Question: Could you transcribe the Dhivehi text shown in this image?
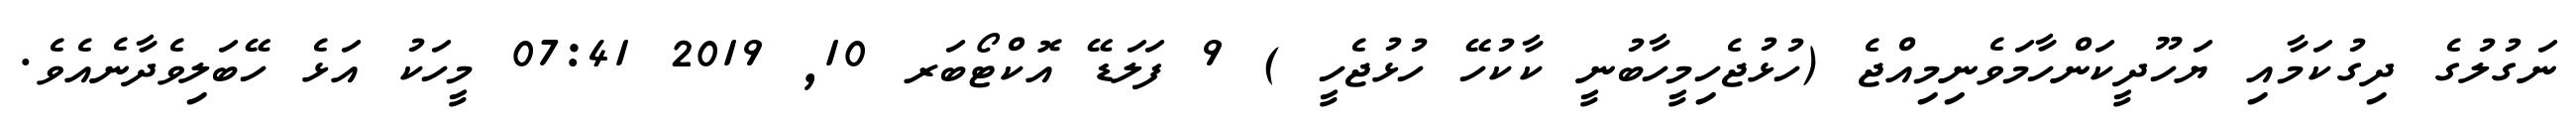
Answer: ނަގުލުގެ ދިގުކަމާއި ޔަހޫދީކަންހާމަވެނިމިއްޖެ (ހުޅުޖެހިމީހާބުނީ ކާކުހޭ ހުޅުޖެހީ ) 9 ފަލަޑޭ އޮކްޓޯބަރ 10, 2019 07:41 މީހަކު އަޅެ ހޭބަލިވެދާނެއެވެ.